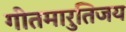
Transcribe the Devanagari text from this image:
गीतमारुतिजय